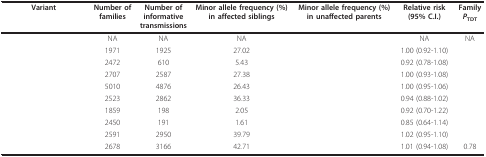
<table><thead><tr><td><b>Variant</b></td><td><b>Number offamilies</b></td><td><b>Number ofinformative transmissions</b></td><td><b>Minor allele frequency (%)in affected siblings</b></td><td><b>Minor allele frequency (%)in unaffected parents</b></td><td><b>Relative risk(95% C.I.)</b></td><td><b>Family<i>P</i><sub>TDT</sub></b></td></tr></thead><tbody><tr><td>[EMPTY_CELL]</td><td>NA</td><td>NA</td><td>NA</td><td>[EMPTY_CELL]</td><td>NA</td><td>NA</td></tr><tr><td>[EMPTY_CELL]</td><td>1971</td><td>1925</td><td>27.02</td><td>[EMPTY_CELL]</td><td>1.00 (0.92-1.10)</td><td>[EMPTY_CELL]</td></tr><tr><td>[EMPTY_CELL]</td><td>2472</td><td>610</td><td>5.43</td><td>[EMPTY_CELL]</td><td>0.92 (0.78-1.08)</td><td>[EMPTY_CELL]</td></tr><tr><td>[EMPTY_CELL]</td><td>2707</td><td>2587</td><td>27.38</td><td>[EMPTY_CELL]</td><td>1.00 (0.93-1.08)</td><td>[EMPTY_CELL]</td></tr><tr><td>[EMPTY_CELL]</td><td>5010</td><td>4876</td><td>26.43</td><td>[EMPTY_CELL]</td><td>1.00 (0.95-1.06)</td><td>[EMPTY_CELL]</td></tr><tr><td>[EMPTY_CELL]</td><td>2523</td><td>2862</td><td>36.33</td><td>[EMPTY_CELL]</td><td>0.94 (0.88-1.02)</td><td>[EMPTY_CELL]</td></tr><tr><td>[EMPTY_CELL]</td><td>1859</td><td>198</td><td>2.05</td><td>[EMPTY_CELL]</td><td>0.92 (0.70-1.22)</td><td>[EMPTY_CELL]</td></tr><tr><td>[EMPTY_CELL]</td><td>2450</td><td>191</td><td>1.61</td><td>[EMPTY_CELL]</td><td>0.85 (0.64-1.14)</td><td>[EMPTY_CELL]</td></tr><tr><td>[EMPTY_CELL]</td><td>2591</td><td>2950</td><td>39.79</td><td>[EMPTY_CELL]</td><td>1.02 (0.95-1.10)</td><td>[EMPTY_CELL]</td></tr><tr><td>[EMPTY_CELL]</td><td>2678</td><td>3166</td><td>42.71</td><td>[EMPTY_CELL]</td><td>1.01 (0.94-1.08)</td><td>0.78</td></tr></tbody></table>